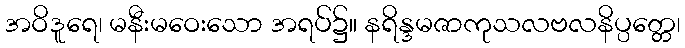
အဝိဒူရေ၊ မနီးမဝေးသော အရပ်၌။ နရိန္ဒမဇာကုသလဗလနိပ္ပတ္တေ၊